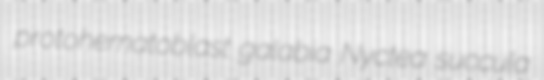
protohematoblast galabia Nyctea succula